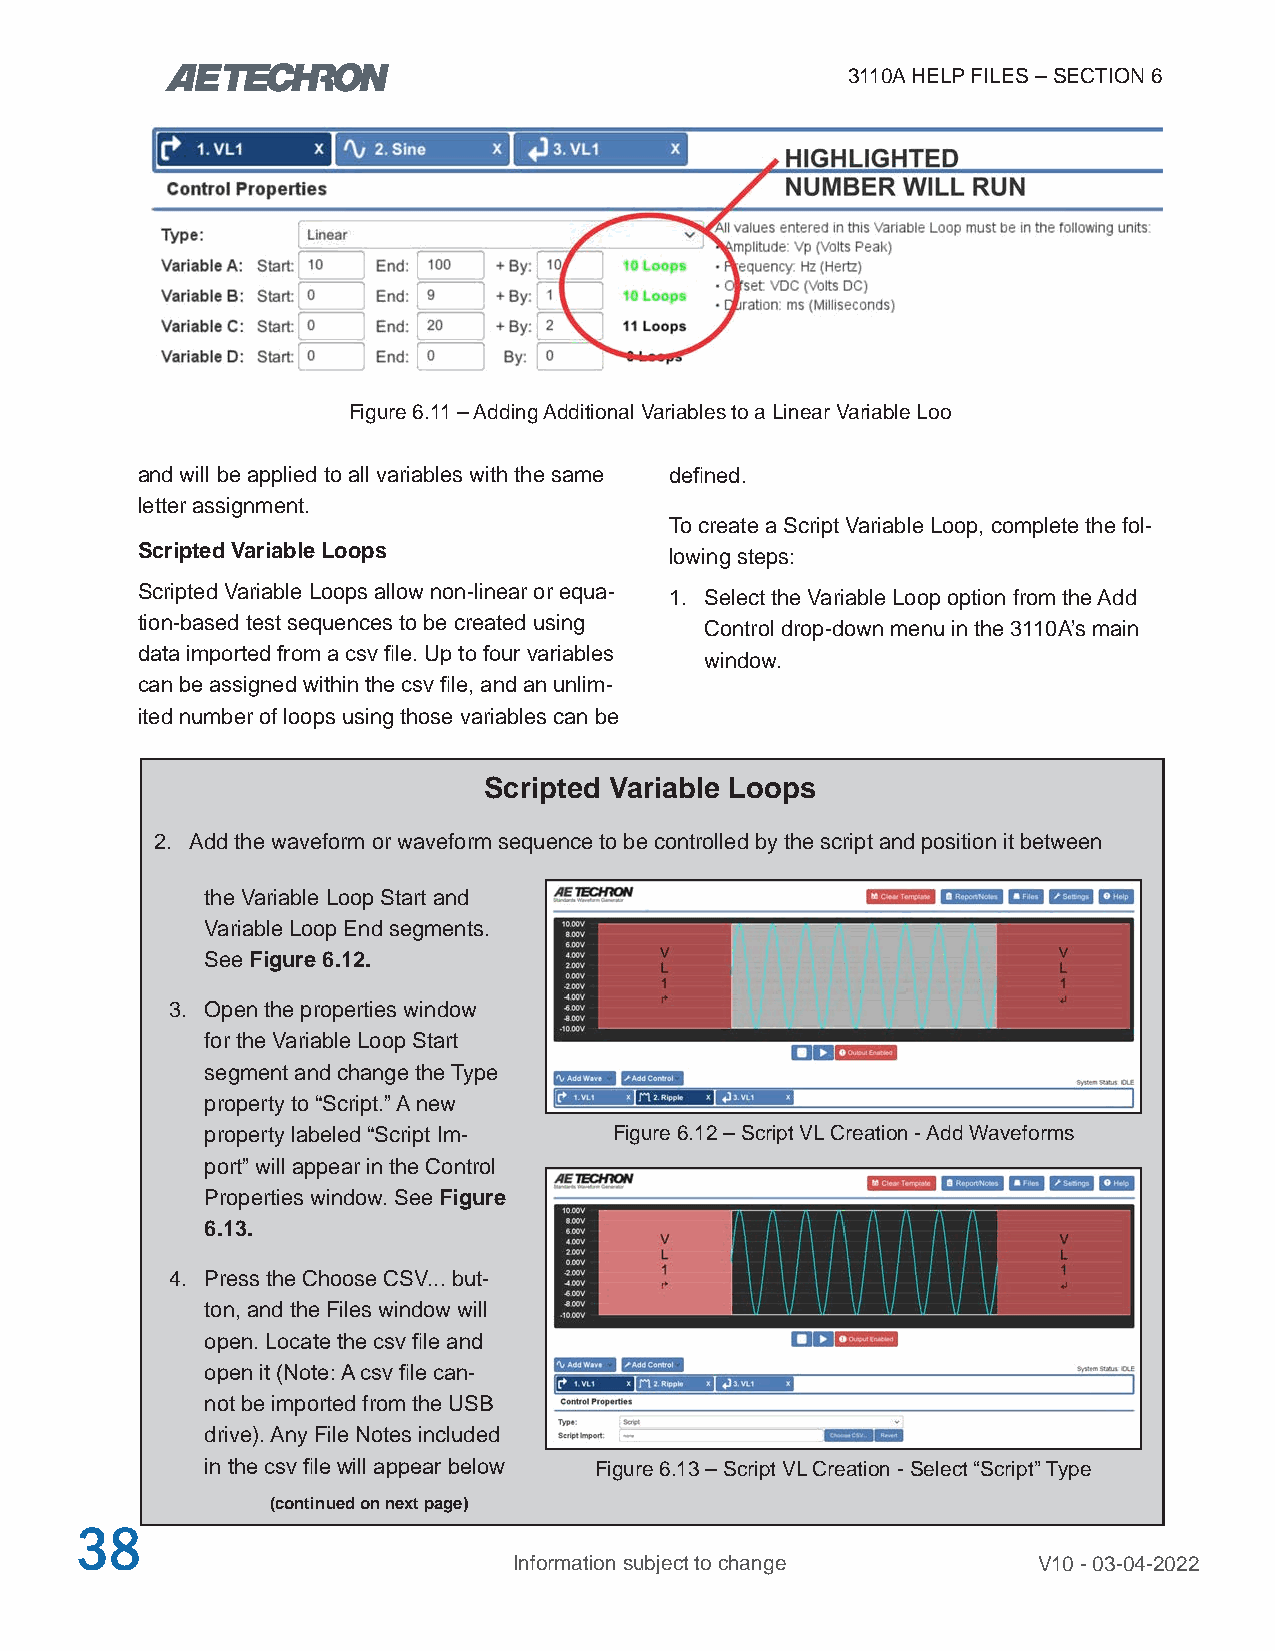
3110A HELP FILES – SECTION 6
 Figure 6.11 – Adding Additional Variables to a Linear Variable Loo
 and will be applied to all variables with the same defined.
 letter assignment.
 To create a Script Variable Loop, complete the fol-
 Scripted Variable Loops            lowing steps:
 Scripted Variable Loops allow non-linear or equa-
 1. Select the Variable Loop option from the Add
 tion-based test sequences to be created using
 Control drop-down menu in the 3110A’s main
 data imported from a csv file. Up to four variables
 window.
 can be assigned within the csv file, and an unlim-
 ited number of loops using those variables can be
 Scripted Variable Loops
 2. Add the waveform or waveform sequence to be controlled by the script and position it between
 the Variable Loop Start and
 Variable Loop End segments.
 See Figure 6.12.
 3. Open the properties window
 for the Variable Loop Start
 segment and change the Type
 property to “Script.” A new
 property labeled “Script Im- Figure 6.12 – Script VL Creation - Add Waveforms
 port” will appear in the Control
 Properties window. See Figure
 6.13.
 4. Press the Choose CSV... but-
 ton, and the Files window will
 open. Locate the csv file and
 open it (Note: A csv file can-
 not be imported from the USB
 drive). Any File Notes included
 in the csv file will appear below Figure 6.13 – Script VL Creation - Select “Script” Type
 (continued on next page)
 38
 Information subject to change      V10 - 03-04-2022